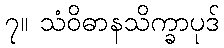
၇။ သံဝိဓာနသိက္ခာပုဒ်